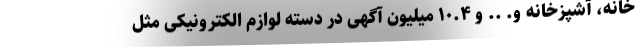
خانه، آشپزخانه و. .. و ۱۰.۴ میلیون آگهی در دسته لوازم الکترونیکی مثل